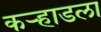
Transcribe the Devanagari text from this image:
कर्‍हाडला